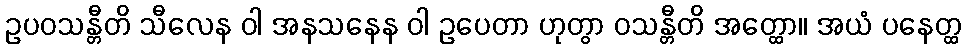
ဥပဝသန္တီတိ သီလေန ဝါ အနသနေန ဝါ ဥပေတာ ဟုတွာ ဝသန္တီတိ အတ္ထော။ အယံ ပနေတ္ထ